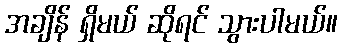
အချိန် ရှိမယ် ဆိုရင် သွားပါမယ်။